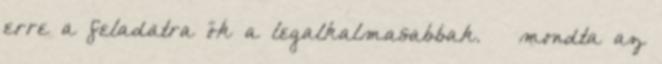
erre a feladatra ők a legalkalmasabbak. – mondta az